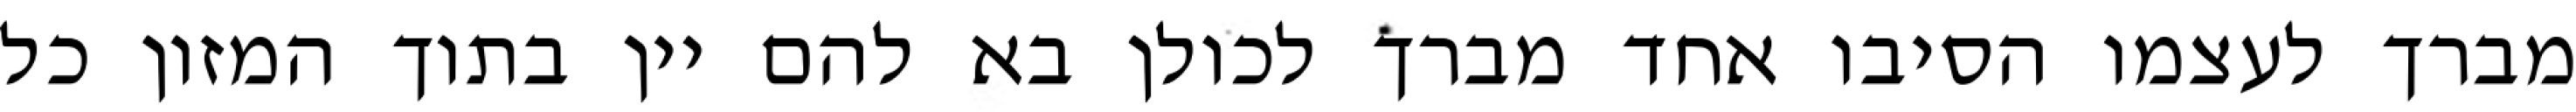
מברך לעצמו הסיבו אחד מברך לכולן בא להם יין בתוך המזון כל